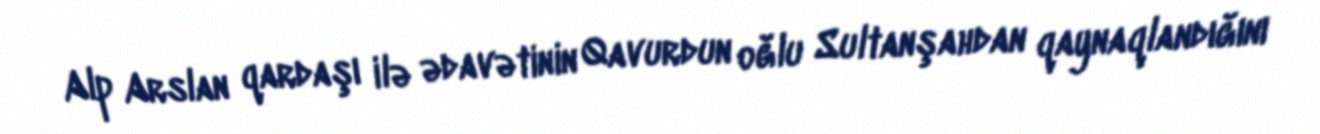
Alp Arslan qardaşı ilə ədavətinin Qavurdun oğlu Sultanşahdan qaynaqlandığını